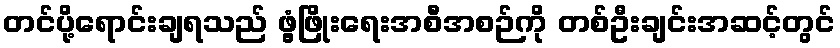
တင်ပို့ရောင်းချရသည် ဖွံ့ဖြိုးရေးအစီအစဉ်ကို တစ်ဦးချင်းအဆင့်တွင်